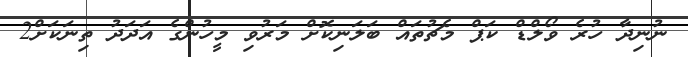
ނުނިދާ ހުރެ ވޯލްޑް ކަޕް މެޗުތައް ބަލަނިކޮށް މަރުވި މީހުންގެ އަދަދު ތިނަކަށް2